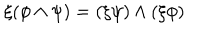
\xi ( \phi \wedge \psi ) = ( \xi \psi ) \wedge ( \xi \phi )